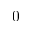
0